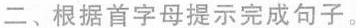
二、根据首字母提示完成句子.